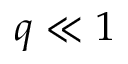
q \ll 1